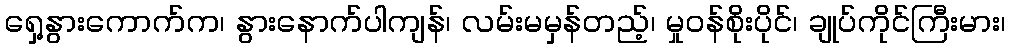
ရှေ့နွားကောက်က၊ နွားနောက်ပါကျန်၊ လမ်းမမှန်တည့်၊ မှုဝန်စိုးပိုင်၊ ချုပ်ကိုင်ကြီးမား၊